Annual report on the working of the lock hospitals in the Central Provinces
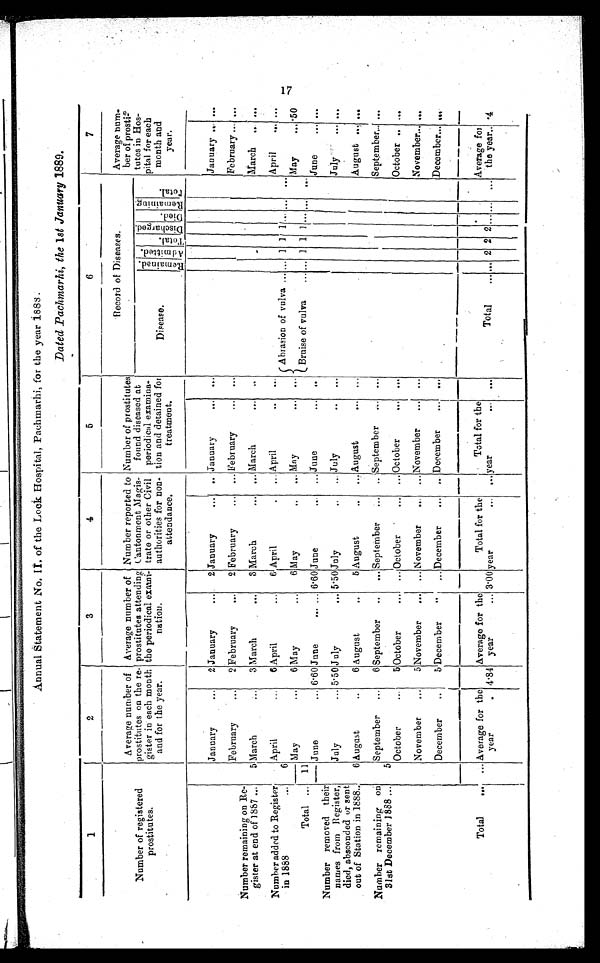
Annual Statement No. II. of the Lock Hospital, Pachmarhi, for the year 1888.
Dated Pachmarhi, the 1st January 1889.
1
2
3
4
5
6
7
Number of registered
prostitutes.
Average number of
prostitutes on the re-
gister in each month
and for the year.
Average number of
prostitutes attending
the periodical exami-
nation.
Number reported to
Cantonment Magis-
trate or other Civil
authorities for non
-attendance,
Number of prostitutes
found diseased at
periodical examina-
tion and detained for
treatment.
Record of Diseases.
Average num
-ber oeprosti
-totes in Hos-
pital for each
month and
year.
Disease.
R e m a i n e d .
A d m i t t e d T o t a l
Di s c h a r g e d .
D i e d
Remai ni ng
Total
January
...
2 January
...
2 January
... .. January
. . .
...
January... ...
February
...
2 February
...
2 February
... ... February
February......
Number remaining on Re-
gister at end of 1887 ...
5 March
3 March
. ...
3 March
... ... March
. . .
...
March ... ...
Number added to Register
in 1888
. . .
April
...
6 April
. . .
6 April
. . . ... April
...
. . .
April
...
6
May
...
6 May
...
6 May
..
... May
Abrasion of vulva ...... 1 1 1
May
... 50
Total ... 11
June
... 6.60 June
... ... 6.60 June
... ... June
Bruise of vulva
...
1 1 1 . . . ...
. . .
June
. . . ...
Number removed their
names from Register,'
died, absconded or sen
t out of Station in 1888..
July
... 5.50 July
... 5.50 July
...
... July
...
...
July
... ...
6 August
...
6 August
...
5 August ...
. . . August ...
August . . . ...
Number remaining on
31st December 1888 ...
5
September
...
6 September
. . .
... September
... ... September
... ...
September... ...
October
5 October
... ... October ... . . . ... October
... ...
October ... ...
November
...
5 November... ... November
... ... November
... ...
November... ...
December
...
5 December
. . .
... December
...
December
. . .
. . .
...
.
December... ...
Total
...
.
... Average for the
year
... 4.84
Average for the
year
... 3.00
Total for the
year
. . . ...
Total for the
year
...
. . .
Total
...... 2 2
. . .
2
...
Average for
the year... 4